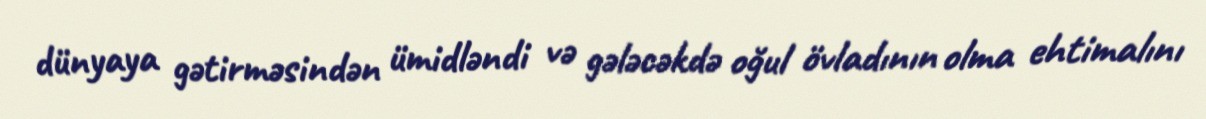
dünyaya gətirməsindən ümidləndi və gələcəkdə oğul övladının olma ehtimalını